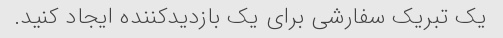
یک تبریک سفارشی برای یک بازدیدکننده ایجاد کنید.